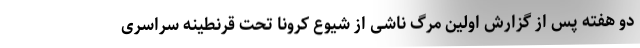
دو هفته پس از گزارش اولین مرگ ناشی از شیوع کرونا تحت قرنطینه سراسری